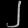
Digit: ၂